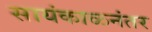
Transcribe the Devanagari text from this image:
सायंकाळनंतर